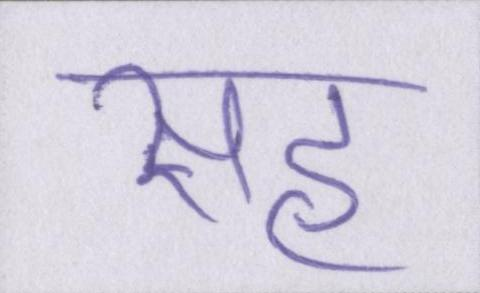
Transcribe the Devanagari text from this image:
सह